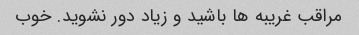
مراقب غریبه ها باشید و زیاد دور نشوید. خوب